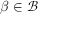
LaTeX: \beta \in { \mathcal { B } }